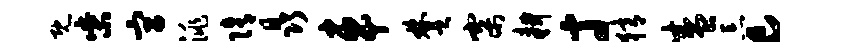
既柴宫洮隋晶车楚寨耕寸猜盛忘c